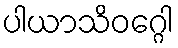
ပါယာသိဝဂ္ဂေါ